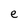
Character: e